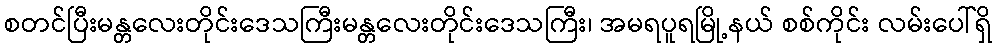
စတင်ပြီးမန္တလေးတိုင်းဒေသကြီးမန္တလေးတိုင်းဒေသကြီး၊ အမရပူရမြို့နယ် စစ်ကိုင်း လမ်းပေါ်ရှိ